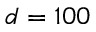
d = 1 0 0